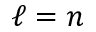
\ell = n